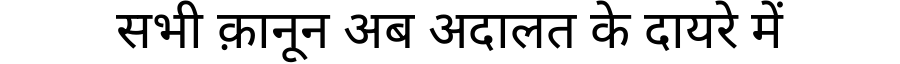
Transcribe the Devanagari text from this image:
सभी क़ानून अब अदालत के दायरे में